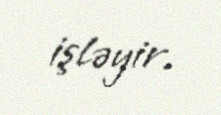
işləyir.